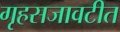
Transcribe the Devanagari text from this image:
गृहसजावटीत